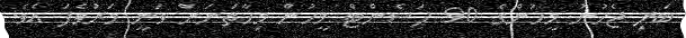
ބަލި ޖެހުނު މީހުންގެ 90 ޕަސެންޓް މީހުން މިހާތަނަށް ވަނީ މަރުވެފަ އެވެ.